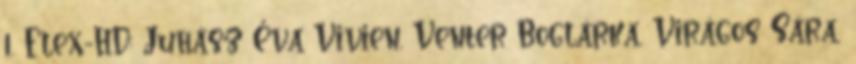
1. Flex-HD: Juhász Éva Vivien, Venter Boglárka, Virágos Sára,